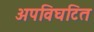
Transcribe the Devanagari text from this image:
अपविघटित